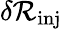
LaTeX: \delta\mathcal{R}_{\mathrm{inj}}